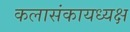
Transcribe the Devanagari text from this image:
कलासंकायध्यक्ष